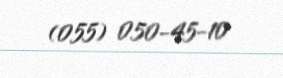
(055) 050-45-10